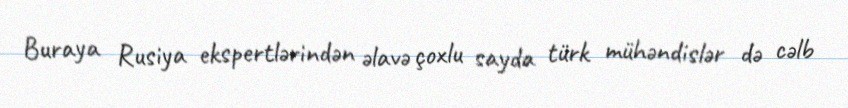
Buraya Rusiya ekspertlərindən əlavə çoxlu sayda türk mühəndislər də cəlb